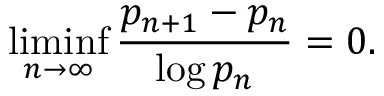
\operatorname* { l i m i n f } _ { n \to \infty } { \frac { p _ { n + 1 } - p _ { n } } { \log p _ { n } } } = 0 .